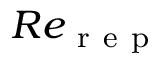
R e _ { \mathrm { ~ r ~ e ~ p ~ } }